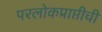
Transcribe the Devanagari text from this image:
परलोकप्राप्तीची